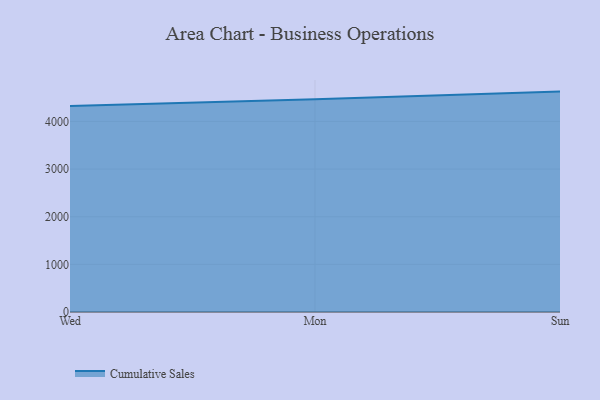
{"axis": {"x": "Day", "y": "Latency (ms)"}, "legend": ["Cumulative Sales"], "data": [{"x": "Wed", "y": 4324.9, "type": "Cumulative Sales"}, {"x": "Mon", "y": 4465.5, "type": "Cumulative Sales"}, {"x": "Sun", "y": 4626.5, "type": "Cumulative Sales"}]}